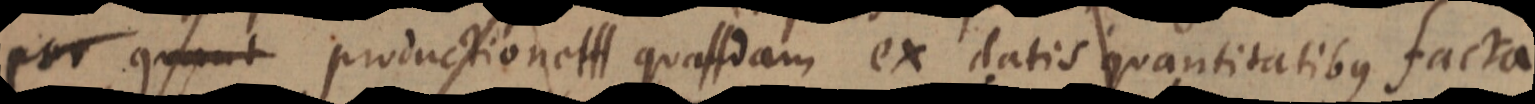
per quant productione quadam ex datis quantitatibus facta